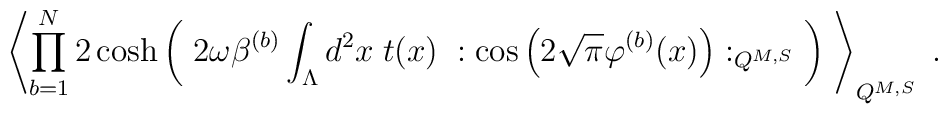
\left\langle \prod_{b=1}^N2 \cosh\left( \; 2 \omega\beta^{(b)} \int_{\Lambda} d^2x \;t(x)\; : \cos \left( 2 \sqrt{\pi} \varphi^{(b)}(x)\right) :_{Q^{M,S}} \; \right) \;\right\rangle_{Q^{M,S}} \; .